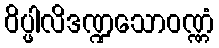
ဝိပ္ဖါလိဒဏ္ဍသောဝဏ္ဏံ